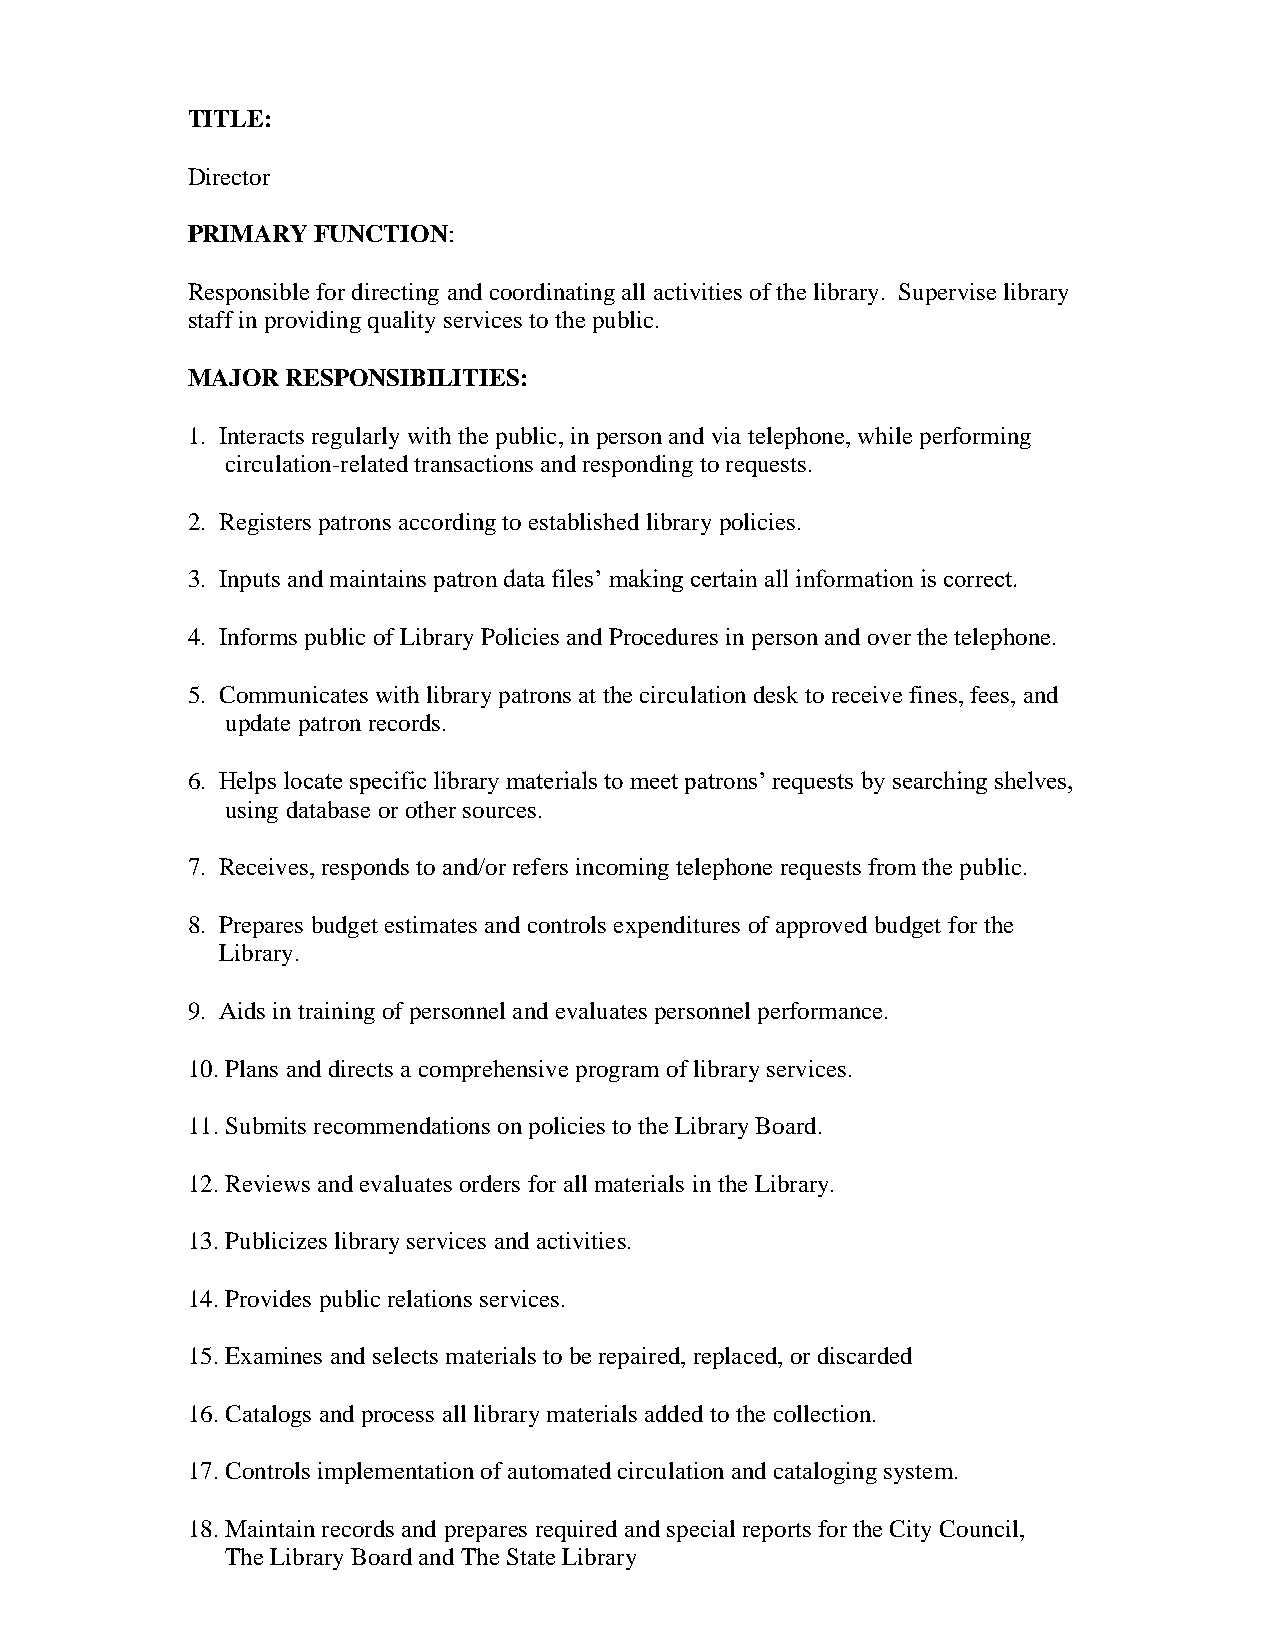
TITLE:
 Director
 PRIMARY  FUNCTION:
 Responsible for directing and coordinating all activities of the library. Supervise library
 staff in providing quality services to the public.
 MAJOR  RESPONSIBILITIES:
 1. Interacts regularly with the public, in person and via telephone, while performing
 circulation-related transactions and responding to requests.
 2. Registers patrons according to established library policies.
 3. Inputs and maintains patron data files’ making certain all information is correct.
 4. Informs public of Library Policies and Procedures in person and over the telephone.
 5. Communicates with library patrons at the circulation desk to receive fines, fees, and
 update patron records.
 6. Helps locate specific library materials to meet patrons’ requests by searching shelves,
 using database or other sources.
 7. Receives, responds to and/or refers incoming telephone requests from the public.
 8. Prepares budget estimates and controls expenditures of approved budget for the
 Library.
 9. Aids in training of personnel and evaluates personnel performance.
 10. Plans and directs a comprehensive program of library services.
 11. Submits recommendations on policies to the Library Board.
 12. Reviews and evaluates orders for all materials in the Library.
 13. Publicizes library services and activities.
 14. Provides public relations services.
 15. Examines and selects materials to be repaired, replaced, or discarded
 16. Catalogs and process all library materials added to the collection.
 17. Controls implementation of automated circulation and cataloging system.
 18. Maintain records and prepares required and special reports for the City Council,
 The Library Board and The State Library